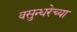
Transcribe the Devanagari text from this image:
वसुन्धरेच्या